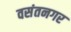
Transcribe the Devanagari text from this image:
वसंतनगर